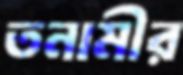
তনামীর